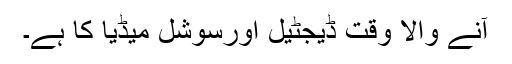
آنے والا وقت ڈیجٹیل اورسوشل میڈیا کا ہے۔